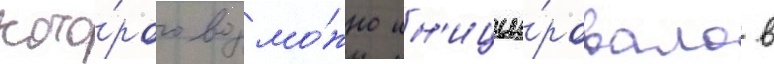
кото́рого возмо́жно ин'иции́ровало в